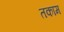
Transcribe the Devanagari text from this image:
तकाम